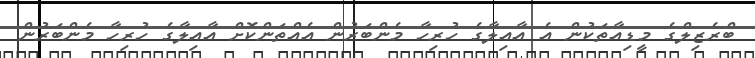
ބްރެޒިލްގެ މީޑިއާތަކުން އެ އާއިލާގެ ހުރިހާ މެންބަރުން އެއްތަންކޮށް އާއިލާގެ ހުރިހާ މެންބަރުން